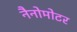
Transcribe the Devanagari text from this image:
नैनोमोटर